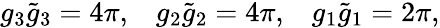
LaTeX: g_{3}\tilde{g}_{3}=4\pi,\; \; \; g_{2}\tilde{g}_{2}=4\pi,\; \; \; g_{1}\tilde{g}_{1}=2\pi,